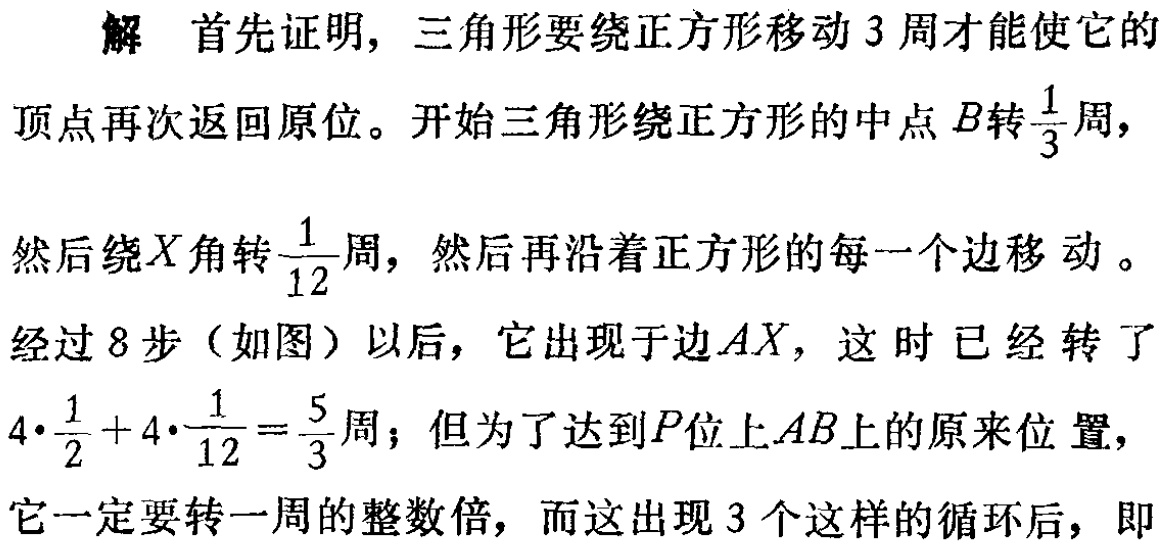
解 首先证明, 三角形要绕正方形移动 3 周才能使它的

顶点再次返回原位。开始三角形绕正方形的中点 \(B\)转\(\frac{1}{3}\)周,

然后绕\(X\)角转\(\frac{1}{12}\)周, 然后再沿着正方形的每一个边移动。

经过 8 步（如图）以后, 它出现于边\(AX\), 这时已经转了

\(4\cdot\frac{1}{2}+4\cdot\frac{1}{12}=\frac{5}{3}\)周；但为了达到\(P\)位上\(AB\)上的原来位 置,

它一定要转一周的整数倍, 而这出现 3 个这样的循环后, 即